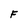
Character: F